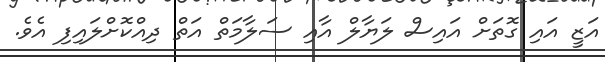
އަޒީ އައި ގޮތަށް އައިސް ލަޔާލް އާއި ސަލާމަތް އަތް ދިއްކޮށްލައިފި އެވެ.